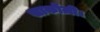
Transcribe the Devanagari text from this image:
सार्कोज़ी।